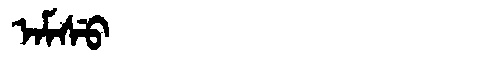
Manchu: ᠠᠮᠰᡠ
Romanization: AMSU